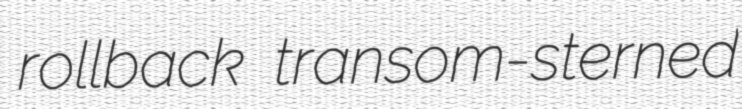
rollback transom-sterned